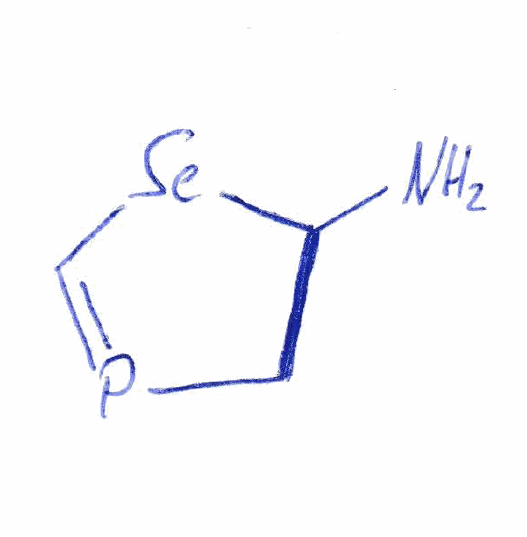
Simplified molecular-input line-entry system (SMILES) notation of the given molecule:
C1C([Se]C=P1)N